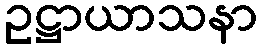
ဥဋ္ဌာယာသနာ